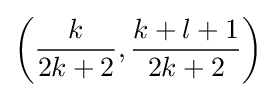
\left({{\frac {k}{2k+2}},{\frac {k+l+1}{2k+2}}}\right)